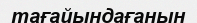
тағайындағанын